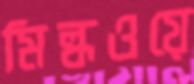
মিল্কওয়ে